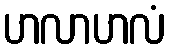
ဟလာဟလံ